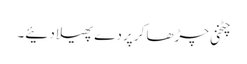
چٹخنی چڑھا کر پردے پھیلا دئیے۔